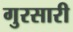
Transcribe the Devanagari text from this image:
गुरसारी